Report of the Imperial Institute of Veterinary Research, Muktesar
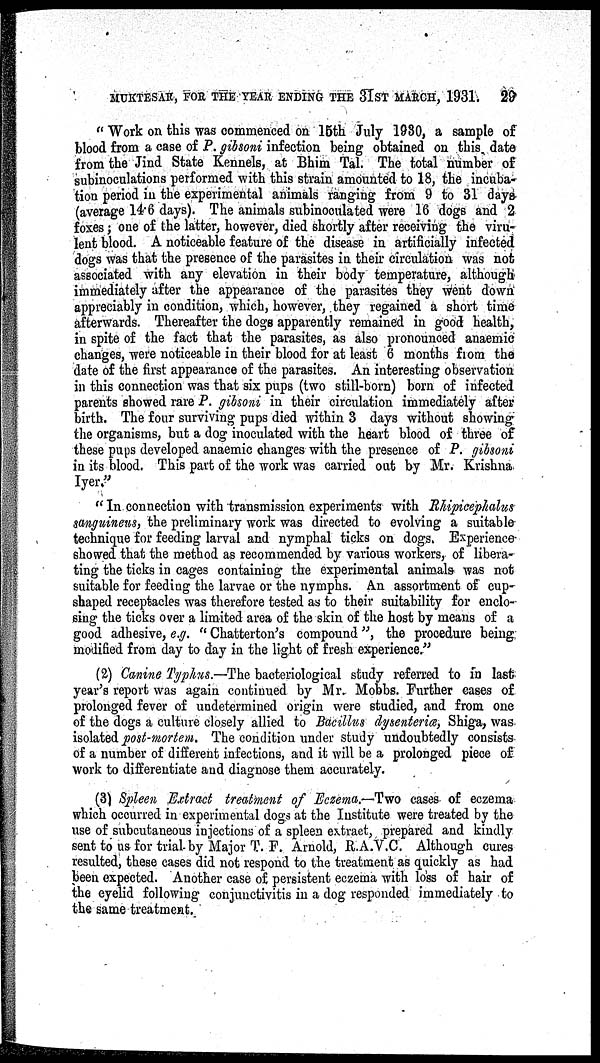
MUKTESAR, FOR THE YEAR ENDING THE 31ST MARCH, 1931.
29
" Work on this was commenced on 15th July 1930, a sample of
blood from a case of P. gibsoni infection being obtained on this date
from the Jind State Kennels, at Bhim Tal. The total number of
subinoculations performed with this strain amounted to 18, the incuba-
tion period in the experimental animals ranging from 9 to 31 days
(average 14.6 days). The animals subinoculated were 16 dogs and 2
foxes; one of the latter, however, died shortly after receiving the viru-
lent blood. A noticeable feature of the disease in artificially infected
dogs was that the presence of the parasites in their circulation was not
associated with any elevation in their body temperature, although
immediately after the appearance of the parasites they went down
appreciably in condition, which, however, they regained a short time
afterwards. Thereafter the dogs apparently remained in good health,
in spite of the fact that the parasites, as also pronounced anaemic
changes, were noticeable in their blood for at least 6 months from the
date of the first appearance of the parasites. An interesting observation
in this connection was that six pups (two still-born) born of infected
parents showed rare P. gibsoni in their circulation immediately after
birth. The four surviving pups died within 3 days without showing
the organisms, but a dog inoculated with the heart blood of three of
these pups developed anaemic changes with the presence of P. gibsoni
in its blood. This part of the work was carried out by Mr. Krishna
Iyer."
" In connection with transmission experiments with Rhipicephalus
sanguineus, the preliminary work was directed to evolving a suitable
technique for feeding larval and nymphal ticks on dogs. Experience-
showed that the method as recommended by various workers, of libera-
ting the ticks in cages containing the experimental animals was not
suitable for feeding the larvae or the nymphs. An assortment of cup-
shaped receptacles was therefore tested as to their suitability for enclo-
sing the ticks over a limited area of the skin of the host by means of a
good adhesive, e.g. " Chatterton's compound", the procedure being
modified from day to day in the light of fresh experience."
(2) Canine Typhus.—The bacteriological study referred to in last
year's report was again continued by Mr. Mobbs. Further cases of
prolonged fever of undetermined origin were studied, and from one
of the dogs a culture closely allied to Bacillus dysenteriæ, Shiga, was
isolated post-mortem. The condition under study undoubtedly consists
of a number of different infections, and it will be a prolonged piece of
work to differentiate and diagnose them accurately.
(3) Spleen Extract treatment of Eczema.—Two cases of eczema
which occurred in experimental dogs at the Institute were treated by the
use of subcutaneous injections of a spleen extract, prepared and kindly
sent to us for trial by Major T. F. Arnold, R.A.V.C. Although cures
resulted, these cases did not respond to the treatment as quickly as had
been expected. Another case of persistent eczema with loss of hair of
the eyelid following conjunctivitis in a dog responded immediately to
the same treatment.